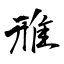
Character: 雃